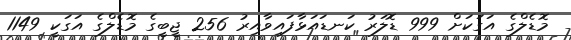
މޮޑެލްގެ އަގަކަށް 999 ޑޮލަރު ކަނޑައަޅާފައިވާއިރު 256 ޖީބީގެ މޮޑެލްގެ އަގަކީ 1149